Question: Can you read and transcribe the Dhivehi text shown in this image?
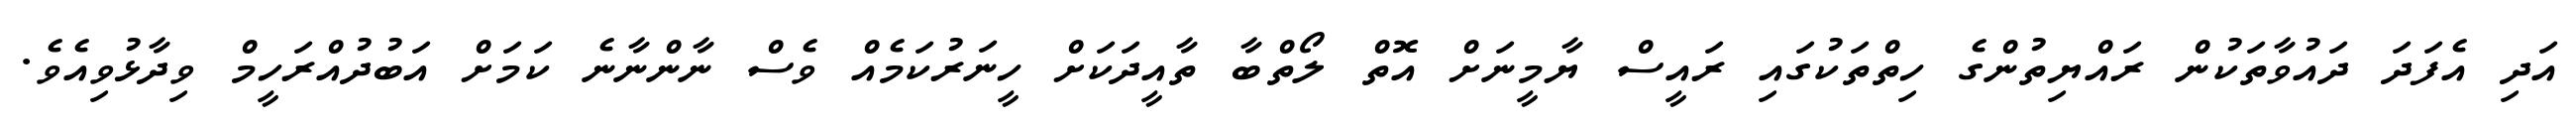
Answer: އަދި އެފަދަ ދައުވާތަކުން ރައްޔިތުންގެ ހިތްތަކުގައި ރައީސް ޔާމީނަށް އޮތް ލޯތްބާ ތާއީދަކަށް ހީނަރުކަމެއް ވެސް ނާންނާނެ ކަމަށް އަބުދުއްރަހީމް ވިދާޅުވިއެވެ.